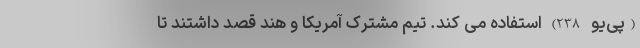
(پی‌یو-238) استفاده می کند. تیم مشترک آمریکا و هند قصد داشتند تا